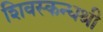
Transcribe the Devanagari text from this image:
शिवस्कन्धश्री